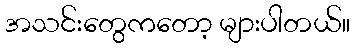
အသင်းတွေကတော့ များပါတယ်။